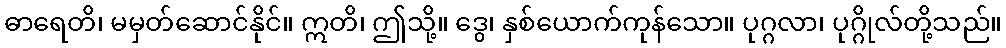
ဓာရေတိ၊ မမှတ်ဆောင်နိုင်။ ဣတိ၊ ဤသို့။ ဒွေ၊ နှစ်ယောက်ကုန်သော။ ပုဂ္ဂလာ၊ ပုဂ္ဂိုလ်တို့သည်။